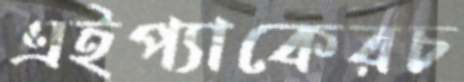
এইপ্যাকেরচ